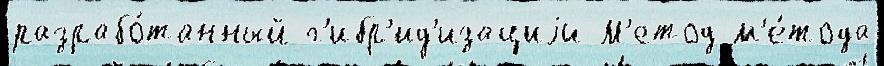
разрабо́танный г'ибр'ид'изациjи М'етод м'е́тода